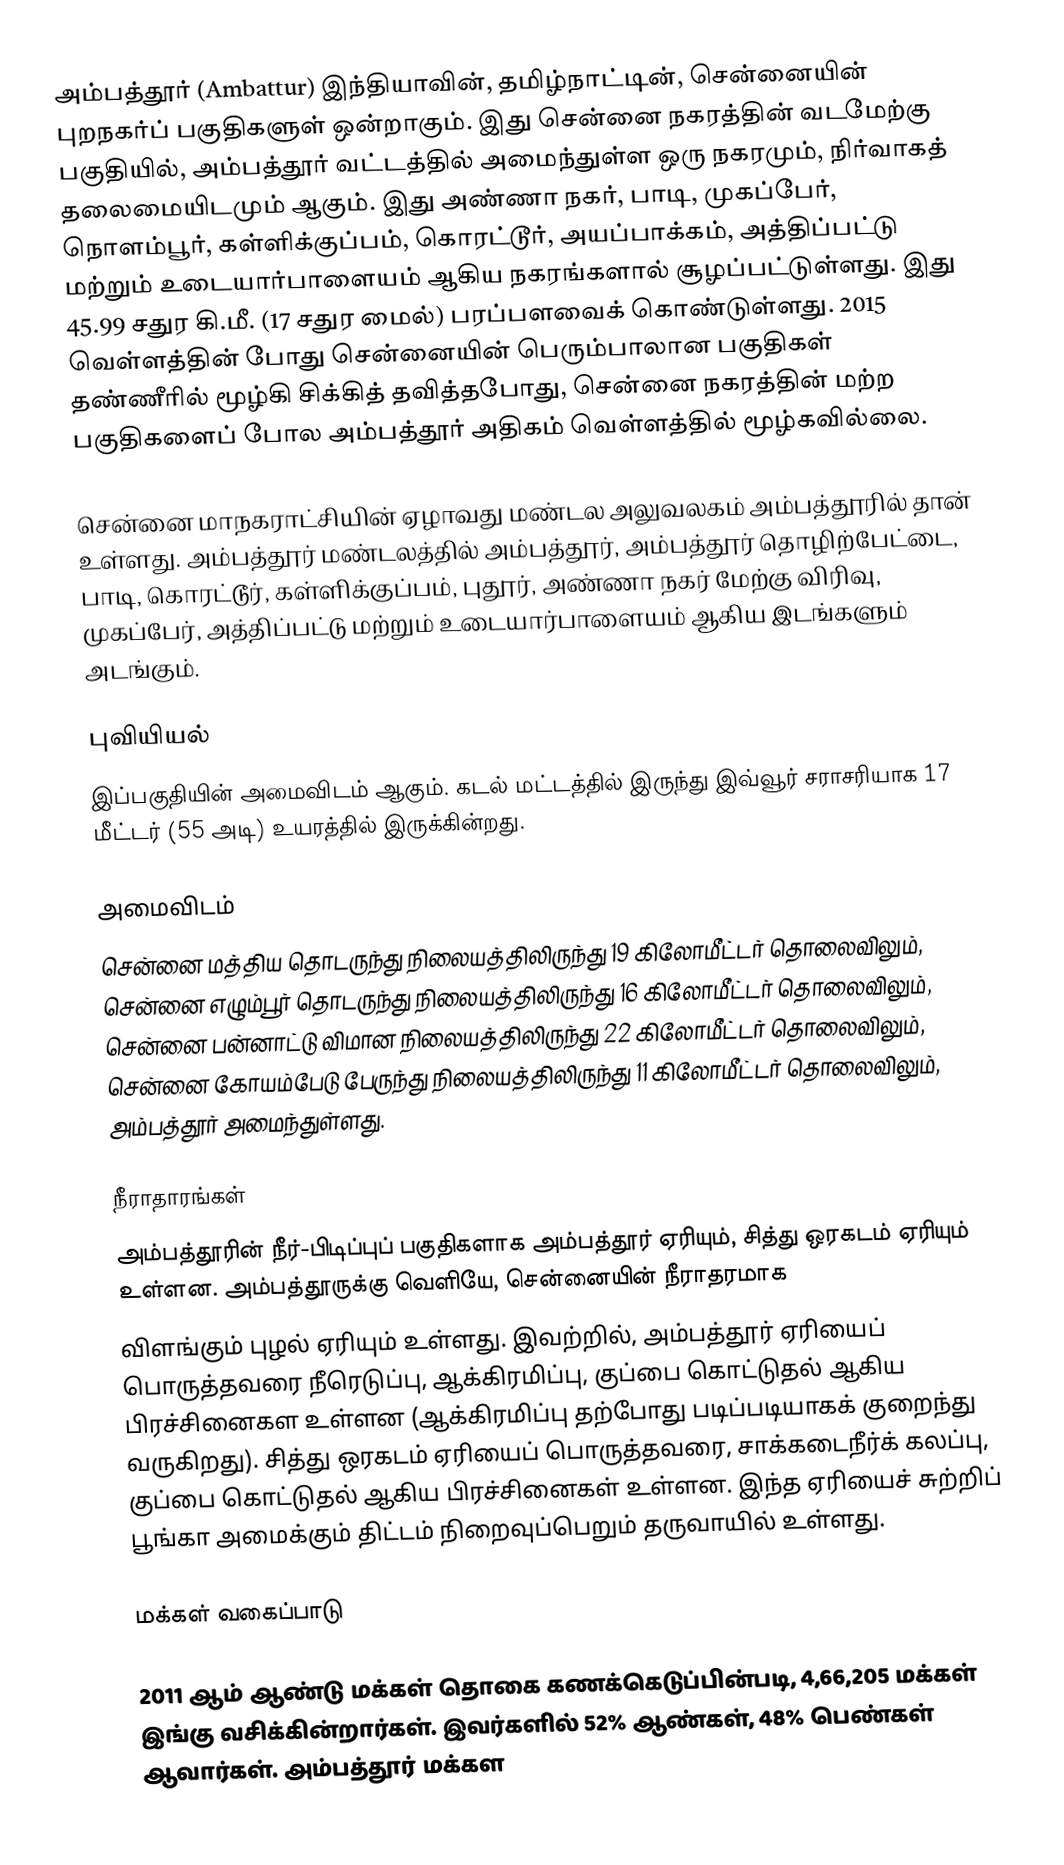
அம்பத்தூர் (Ambattur) இந்தியாவின், தமிழ்நாட்டின், சென்னையின் புறநகர்ப் பகுதிகளுள் ஒன்றாகும். இது சென்னை நகரத்தின் வடமேற்கு பகுதியில், அம்பத்தூர் வட்டத்தில் அமைந்துள்ள ஒரு நகரமும், நிர்வாகத் தலைமையிடமும் ஆகும். இது அண்ணா நகர், பாடி, முகப்பேர், நொளம்பூர், கள்ளிக்குப்பம், கொரட்டூர், அயப்பாக்கம், அத்திப்பட்டு மற்றும் உடையார்பாளையம் ஆகிய நகரங்களால் சூழப்பட்டுள்ளது. இது 45.99 சதுர கி.மீ. (17 சதுர மைல்) பரப்பளவைக் கொண்டுள்ளது. 2015 வெள்ளத்தின் போது சென்னையின் பெரும்பாலான பகுதிகள் தண்ணீரில் மூழ்கி சிக்கித் தவித்தபோது, சென்னை நகரத்தின் மற்ற பகுதிகளைப் போல அம்பத்தூர் அதிகம் வெள்ளத்தில் மூழ்கவில்லை.

சென்னை மாநகராட்சியின் ஏழாவது  மண்டல அலுவலகம் அம்பத்தூரில்  தான் உள்ளது. அம்பத்தூர் மண்டலத்தில் அம்பத்தூர், அம்பத்தூர் தொழிற்பேட்டை, பாடி, கொரட்டூர், கள்ளிக்குப்பம், புதூர், அண்ணா நகர் மேற்கு விரிவு, முகப்பேர், அத்திப்பட்டு மற்றும் உடையார்பாளையம் ஆகிய இடங்களும் அடங்கும்.

புவியியல்
இப்பகுதியின் அமைவிடம்  ஆகும். கடல் மட்டத்தில் இருந்து இவ்வூர் சராசரியாக 17 மீட்டர் (55 அடி) உயரத்தில் இருக்கின்றது.

அமைவிடம்
சென்னை மத்திய தொடருந்து நிலையத்திலிருந்து 19 கிலோமீட்டர் தொலைவிலும், சென்னை எழும்பூர் தொடருந்து நிலையத்திலிருந்து 16 கிலோமீட்டர் தொலைவிலும், சென்னை பன்னாட்டு விமான நிலையத்திலிருந்து 22 கிலோமீட்டர் தொலைவிலும், சென்னை கோயம்பேடு பேருந்து நிலையத்திலிருந்து 11 கிலோமீட்டர் தொலைவிலும், அம்பத்தூர் அமைந்துள்ளது.

நீராதாரங்கள்
அம்பத்தூரின் நீர்-பிடிப்புப் பகுதிகளாக அம்பத்தூர் ஏரியும், சித்து ஒரகடம் ஏரியும் உள்ளன. அம்பத்தூருக்கு வெளியே, சென்னையின் நீராதரமாக
விளங்கும் புழல் ஏரியும் உள்ளது. இவற்றில், அம்பத்தூர் ஏரியைப் பொருத்தவரை நீரெடுப்பு, ஆக்கிரமிப்பு, குப்பை கொட்டுதல் ஆகிய பிரச்சினைகள உள்ளன (ஆக்கிரமிப்பு தற்போது படிப்படியாகக் குறைந்து வருகிறது). சித்து ஒரகடம் ஏரியைப் பொருத்தவரை, சாக்கடைநீர்க் கலப்பு, குப்பை கொட்டுதல் ஆகிய பிரச்சினைகள் உள்ளன. இந்த ஏரியைச் சுற்றிப் பூங்கா அமைக்கும் திட்டம் நிறைவுப்பெறும் தருவாயில் உள்ளது.

மக்கள் வகைப்பாடு

2011 ஆம் ஆண்டு மக்கள் தொகை கணக்கெடுப்பின்படி, 4,66,205 மக்கள் இங்கு வசிக்கின்றார்கள். இவர்களில் 52% ஆண்கள், 48% பெண்கள் ஆவார்கள். அம்பத்தூர் மக்கள